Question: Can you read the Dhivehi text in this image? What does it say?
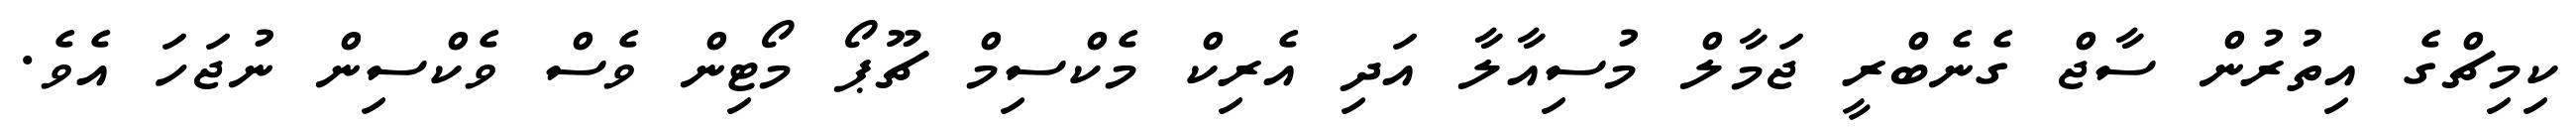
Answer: ކިމިޗްގެ އިތުރުން ސާޖް ގެނެބްރީ ޖަމާލް މުސިއާލާ އަދި އެރިކް މެކްސިމް ޗޫޕޯ މޯޓިން ވެސް ވެކްސިން ނުޖަހަ އެވެ.